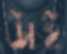
উচই